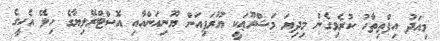
މިއަދު އިފްތިތާހު ކުރެވިގެން މިދިޔަ މަޝްރޫޢަކީ ޔޫރަޕިއަން ޔޫނިއަންއާއި އޮސްޓްރޭލިޔާގެ ހިލޭ އެހީގެ